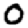
Digit: 0